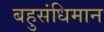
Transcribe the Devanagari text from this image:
बहुसंधिमान